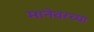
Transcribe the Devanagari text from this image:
मानेवरच्या